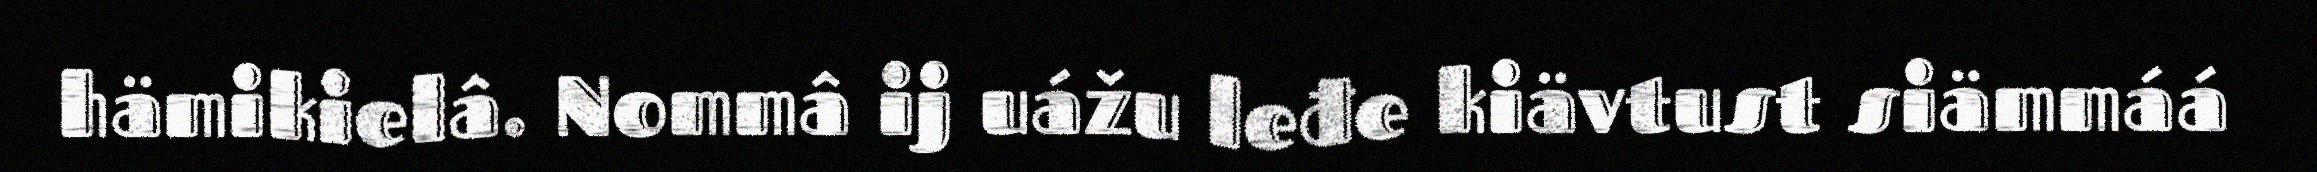
hämikielâ. Nommâ ij uážu leđe kiävtust siämmáá